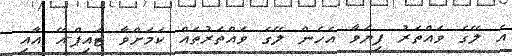
އެ ލޭގެ ވައްތަރު ފިޔަވާ އެހެން ލޭގެ ވައްތަރުތައް ކަމަށްވާ ޓައިޕް-އޭ އާއި